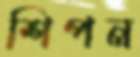
শিপন